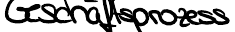
Geschäftsprozess